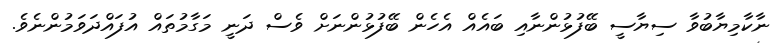
ނާކާމިޔާބުވާ ސިޔާސީ ބޭފުޅުންނާއި ބައެއް އެހެން ބޭފުޅުންނަށް ވެސް ދަނީ މަގާމުތައް އުފައްދަވަމުންނެވެ.